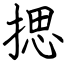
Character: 揌